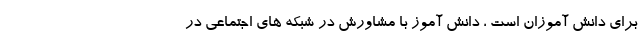
برای دانش آموزان است ، دانش آموز با مشاورش در شبکه های اجتماعی در